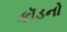
કૉડનો